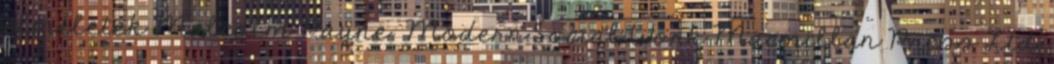
elméletek Malcolm Payne: Modern Social Work Macmillan Press Ltd,